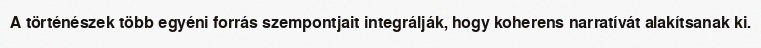
A történészek több egyéni forrás szempontjait integrálják, hogy koherens narratívát alakítsanak ki.